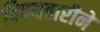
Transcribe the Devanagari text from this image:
विषयवारीने